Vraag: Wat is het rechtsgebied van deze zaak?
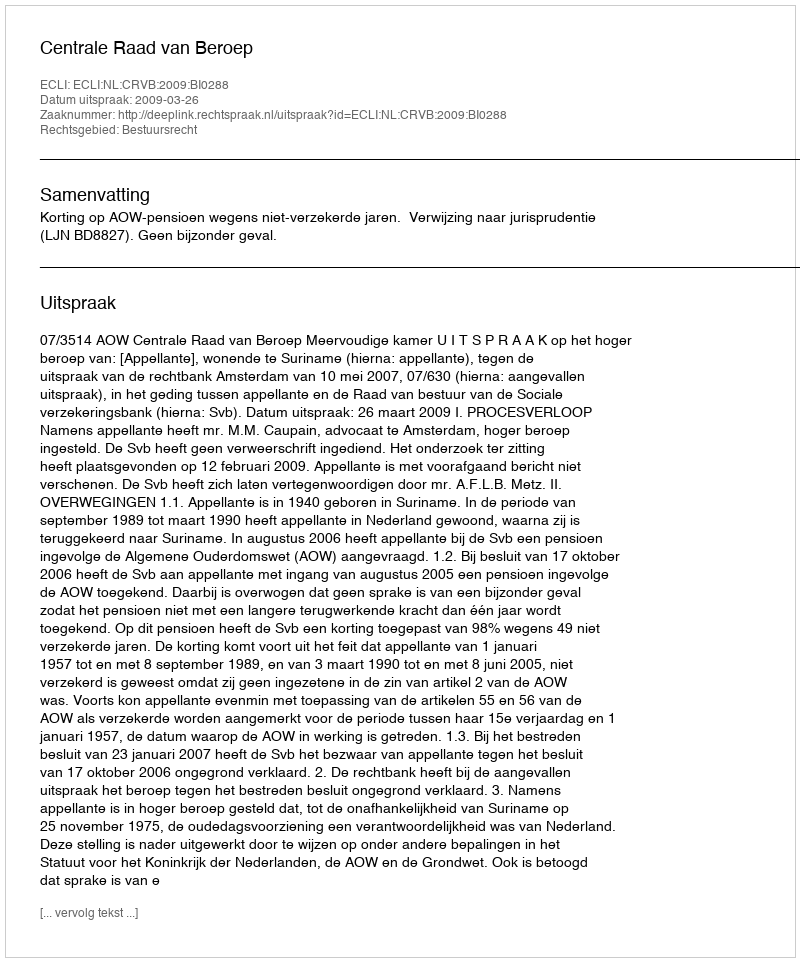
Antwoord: Bestuursrecht